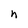
Character: h